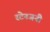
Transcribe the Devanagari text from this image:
स्टेनजनी